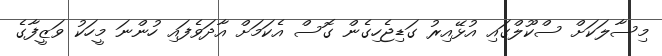
މިސާލަކަށް ސްކޫލްގައި އުޅޭއިރު ގަޑިޖެހިގެން ގޮސް އެކަމަށް އާދަވެފައި ހުންނަ މީހަކު ވަޒީފާގެ